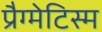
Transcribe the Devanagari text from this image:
प्रैग्मेटिस्म